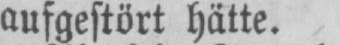
aufgestört hätte.